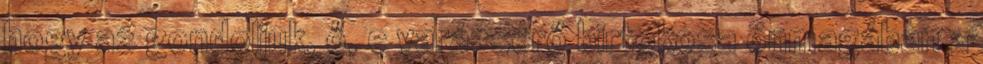
hogy az gondoljuk, ő, e varázserő birtokosa önmagában a